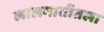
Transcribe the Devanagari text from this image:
लालमातीतला